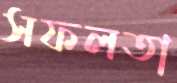
সফলতা